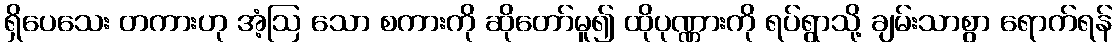
ရှိပေသေး တကားဟု အံ့ဩ သော စကားကို ဆိုတော်မူ၍ ထိုပုဏ္ဏားကို ရပ်ရွာသို့ ချမ်းသာစွာ ရောက်ရန်